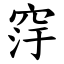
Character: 窏